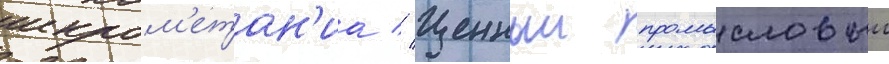
икром'етан'иа // Ценныи промысловыи